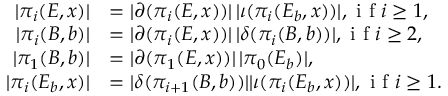
\begin{array} { r l } { | \pi _ { i } ( E , x ) | } & { = | \partial ( \pi _ { i } ( E , x ) ) | \, | \iota ( \pi _ { i } ( E _ { b } , x ) ) | , \textrm { i f } i \ge 1 , } \\ { | \pi _ { i } ( B , b ) | } & { = | \partial ( \pi _ { i } ( E , x ) ) | \, | \delta ( \pi _ { i } ( B , b ) ) | , \textrm { i f } i \ge 2 , } \\ { | \pi _ { 1 } ( B , b ) | } & { = | \partial ( \pi _ { 1 } ( E , x ) ) | \, | \pi _ { 0 } ( E _ { b } ) | , } \\ { | \pi _ { i } ( E _ { b } , x ) | } & { = | \delta ( \pi _ { i + 1 } ( B , b ) ) | | \iota ( \pi _ { i } ( E _ { b } , x ) ) | , \textrm { i f } i \ge 1 . } \end{array}